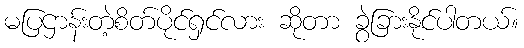
မပြဌာန်းတဲ့စိတ်ပိုင်ရှင်လား ဆိုတာ ခွဲခြားနိုင်ပါတယ်။